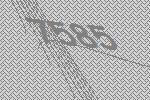
7585